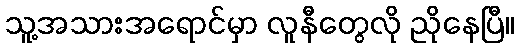
သူ့အသားအရောင်မှာ လူနီတွေလို ညိုနေပြီ။